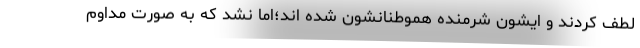
لطف کردند و ایشون شرمنده هموطنانشون شده اند؛اما نشد که به صورت مداوم